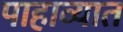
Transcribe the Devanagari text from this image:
पाहाव्यात